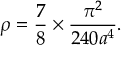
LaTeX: \rho = \frac { 7 } { 8 } \times \frac { \pi ^ { 2 } } { 2 4 0 a ^ { 4 } } .